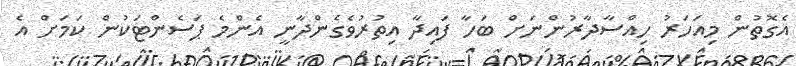
އެގޮތުން މިއަހަރު ހިއްސާދާރުންނަށް ބަހާ ފައިދާ އިތުރުވެގެންދާނީ އެންމެ ޕަސެންޓަކުން ކަމަށް އެ